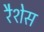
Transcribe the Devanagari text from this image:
रैशेस